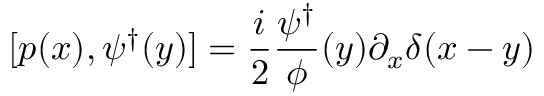
[ p ( x ) , \psi ^ { \dagger } ( y ) ] = { \frac { i } { 2 } } { \frac { \psi ^ { \dagger } } { \phi } } ( y ) \partial _ { x } \delta ( x - y )